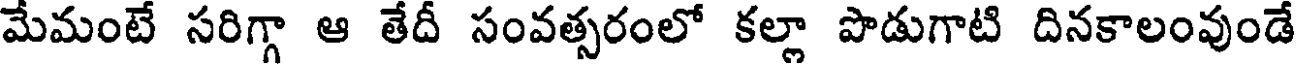
మేమంటే సరిగ్గా ఆ తేదీ సంవత్సరంలో కల్లా పొడుగాటి దినకాలంవుండే